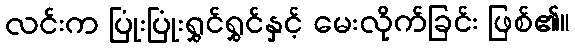
လင်းက ပြုံးပြုံးရွှင်ရွှင်နှင့် မေးလိုက်ခြင်း ဖြစ်၏။